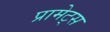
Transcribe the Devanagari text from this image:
प्रामेट्स